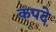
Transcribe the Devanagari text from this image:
कपदे